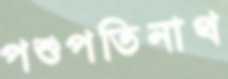
পশুপতিনাথ